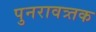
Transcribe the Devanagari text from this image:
पुनरावत्र्तक